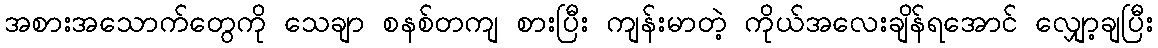
အစားအသောက်တွေကို သေချာ စနစ်တကျ စားပြီး ကျန်းမာတဲ့ ကိုယ်အလေးချိန်ရအောင် လျှော့ချပြီး